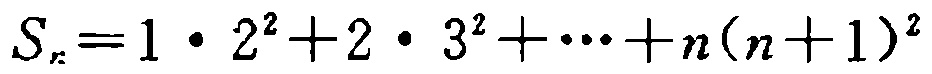
\(S_{n}=1\cdot 2^{2}+2\cdot 3^{2}+\cdots +n(n + 1)^{2}\)